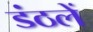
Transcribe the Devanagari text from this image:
डंठलें